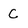
Character: C